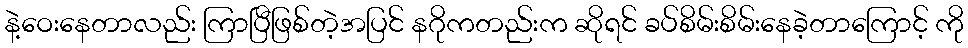
နဲ့ဝေးနေတာလည်း ကြာပြီဖြစ်တဲ့အပြင် နဂိုကတည်းက ဆိုရင် ခပ်စိမ်းစိမ်းနေခဲ့တာကြောင့် ကို